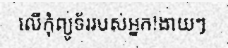
លើកុំព្យូទ័ររបស់អ្នក!ងាយៗ